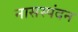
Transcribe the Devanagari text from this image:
नासस्पंदन